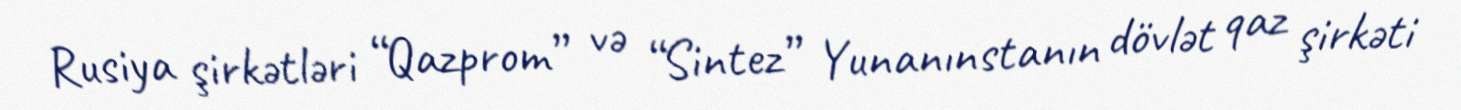
Rusiya şirkətləri “Qazprom” və “Sintez” Yunanınstanın dövlət qaz şirkəti